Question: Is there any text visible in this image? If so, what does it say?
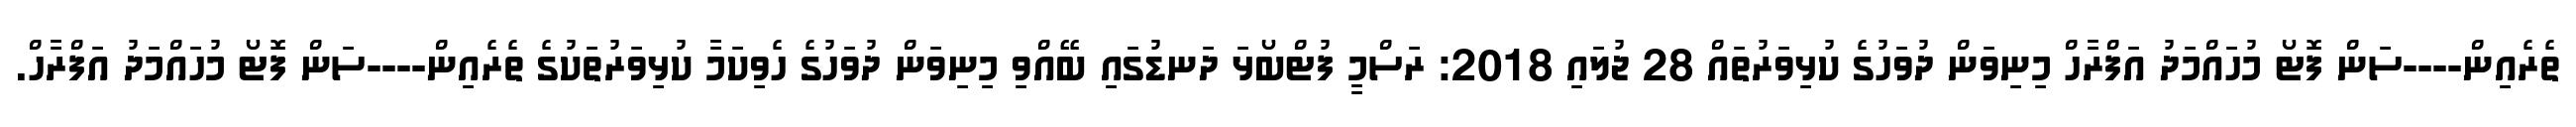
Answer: ތެރެއިން----ސަން ފޮޓޯ މުހައްމަދު އަފްރާހް މިނިވަން ދުވަހުގެ ކުޅިވަރުތައް 28 ޖުލައި 2018: ރަސްމީ ފުޓްބޯޅަ ދަނޑުގައި ބޭއްވި މިނިވަން ދުވަހުގެ ހެވިކަމާ ކުޅިވަރުތަކުގެ ތެރެއިން----ސަން ފޮޓޯ މުހައްމަދު އަފްރާހް.